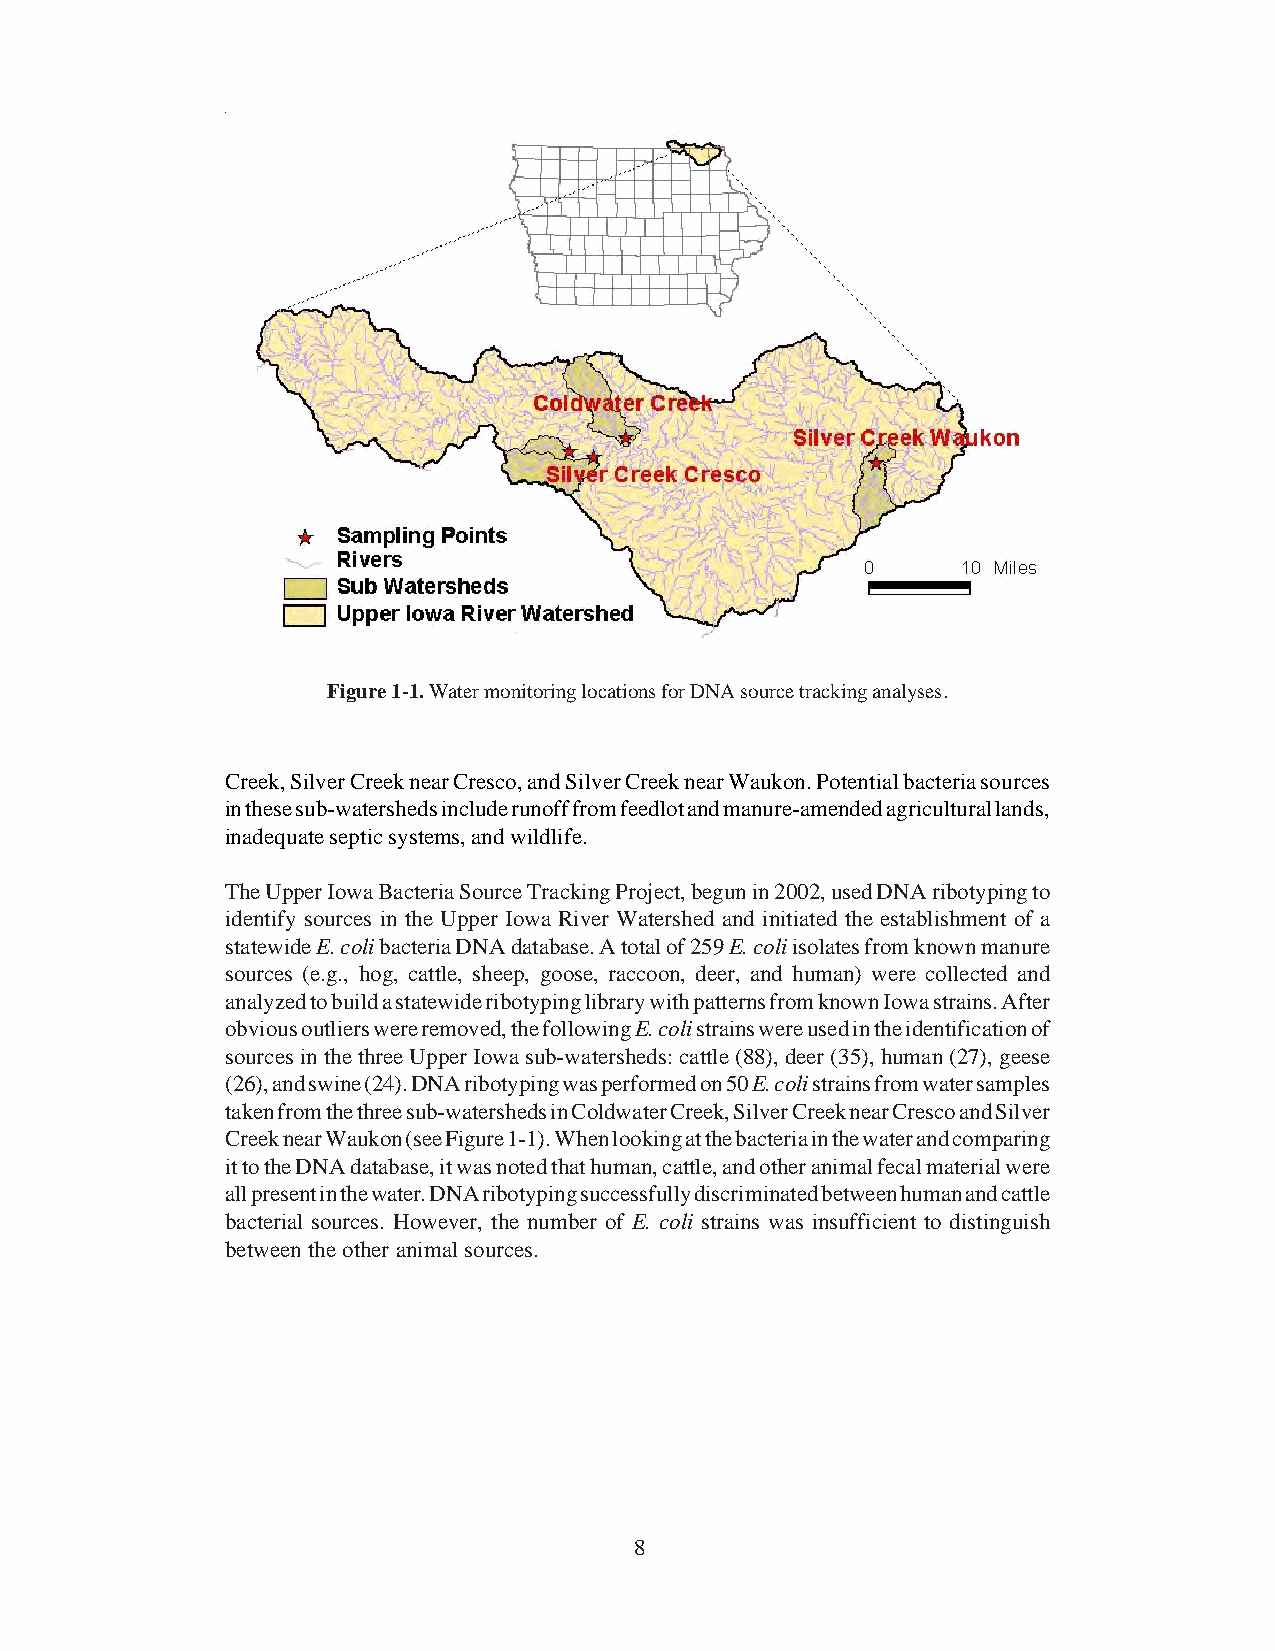
Figure 1-1. Water monitoring locations for DNA source tracking analyses.
 Creek, Silver Creek near Cresco, and Silver Creek near Waukon. Potential bacteria sources
 in these sub-watersheds include runoff from feedlot and manure-amended agricultural lands,
 inadequate septic systems, and wildlife.
 The Upper Iowa Bacteria Source Tracking Project, begun in 2002, used DNA ribotyping to
 identify sources in the Upper Iowa River Watershed and initiated the establishment of a
 statewide E. coli bacteria DNA database. A total of 259 E. coli isolates from known manure
 sources (e.g., hog, cattle, sheep, goose, raccoon, deer, and human) were collected and
 analyzed to build a statewide ribotyping library with patterns from known Iowa strains. After
 obvious outliers were removed, the following E. coli strains were used in the identification of
 sources in the three Upper Iowa sub-watersheds: cattle (88), deer (35), human (27), geese
 (26), and swine (24). DNA ribotyping was performed on 50 E. coli strains from water samples
 taken from the three sub-watersheds in Coldwater Creek, Silver Creek near Cresco and Silver
 Creek near Waukon (see Figure 1-1). When looking at the bacteria in the water and comparing
 it to the DNA database, it was noted that human, cattle, and other animal fecal material were
 all present in the water. DNA ribotyping successfully discriminated between human and cattle
 bacterial sources. However, the number of E. coli strains was insufficient to distinguish
 between the other animal sources.
 8